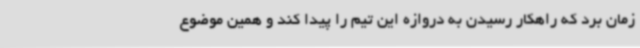
زمان برد که راهکار رسیدن به دروازه این تیم را پیدا کند و همین موضوع